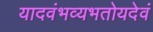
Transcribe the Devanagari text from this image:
यादवंभव्यभतोयदेवं